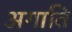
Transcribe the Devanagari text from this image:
अगाति